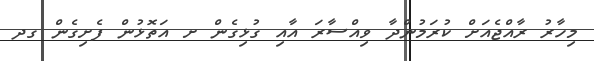
މިހާރު ރާއްޖެއަށް ކުރަމުންދާ ވިއްސާރަ އާއި ގުޅިގެން ށ އަތޮޅުން ފެށިގެން ގދ